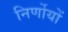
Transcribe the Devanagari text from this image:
निर्णोयों